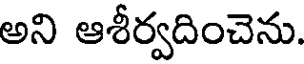
అని ఆశీర్వదించెను.